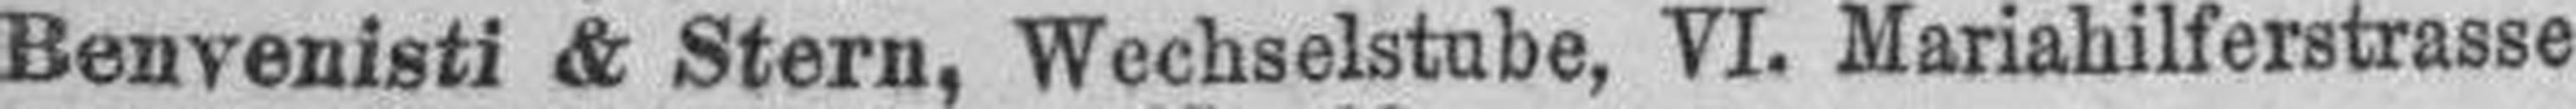
Benvenisti & Stern, Wechselstube, VI. Mariahilferstrasse